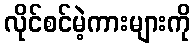
လိုင်စင်မဲ့ကားများကို